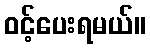
ဝင့်ပေးရမယ်။